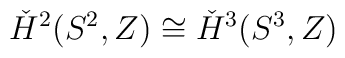
\check{H}^{2}(S^{2},Z)\cong \check{H}^{3}(S^{3},Z)